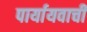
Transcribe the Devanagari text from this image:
पार्यायवाची